Annual report of the Imperial Bacteriological Laboratory, Muktesar
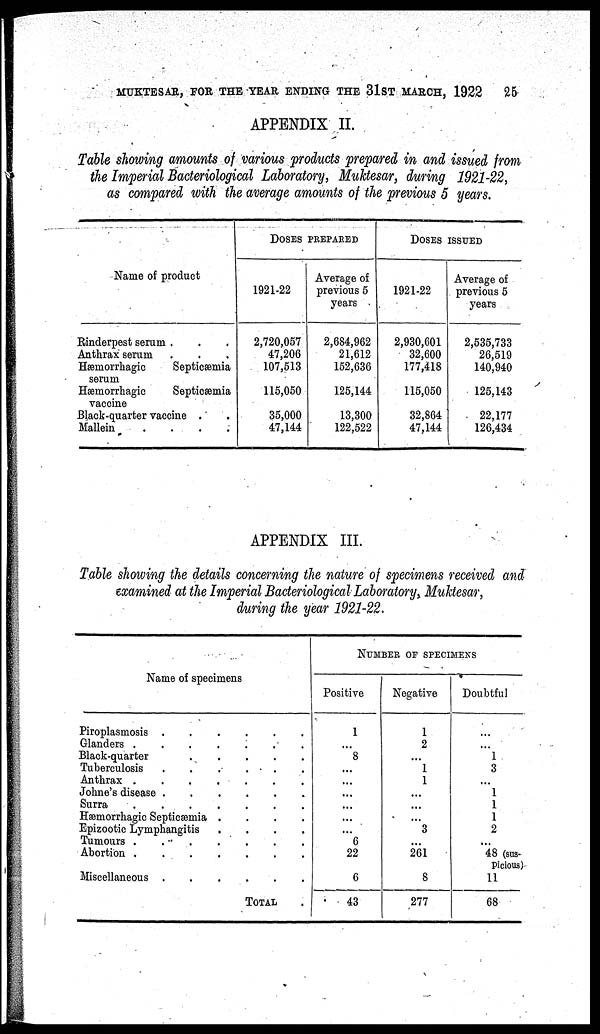
MUKTESAR, FOR THE YEAR ENDING THE 31ST MARCH, 1922 25
APPENDIX II.
Table showing amounts of various products prepared in and issued from
the Imperial Bacteriological Laboratory, Muktesar, during 1921-22,
as compared with the average amounts of the previous 5 years.
Name of product
Rinderpest serum
Anthrax serum
Hæmorrhagic
Septicæmia
serum
Hæmorrhagic
Septicæmia
vaccine
Black-quarter vaccine .
Mallein
DOSES PREPARED
1921-22
2,720,057
47,206
107,513
115,050
35,000
47,144
Average of
previous 5
years
2,684,962
21,612
152,636
125,144
13,300
122,522
DOSES ISSUED
1921-22
2,930,601
32,600
177,418
115,050
32,864
47,144
Average of
previous 5
years
2,535,733
26,519
140,940
125,143
22,177
126,434
APPENDIX III.
Table showing the details concerning the nature of specimens received and
examined at the Imperial Bacteriological Laboratory, Muktesar,
during the year 1921-22.
Name of specimens
Piroplasmosis
Glanders
Black-quarter
Tuberculosis
Anthrax
Johne's disease
Surra
Hæmorrhagic Septicæmia
Epizootic Lymphangitis
Tumours
Abortion
Miscellaneous
.
.
.
.
.
.
.
.
.
.
.
.
.
.
.
.
.
.
.
.
.
.
.
.
.
.
.
.
.
.
.
.
.
.
.
.
.
.
.
.
.
.
.
.
.
.
.
.
.
.
.
.
TOTAL
NUMBER OF SPECIMENS
Positive
1
...
8
...
...
...
...
...
...
6
22
6
43
Negative
1
2
...
1
1
...
...
...
3
...
261
8
277
Doubtful
...
...
1
3
...
1
1
1
2
...
48 (sus-
picious)
11
68